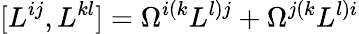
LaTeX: [L^{ij},L^{kl}]=\Omega^{i(k}L^{l)j}+\Omega^{j(k}L^{l)i}